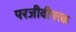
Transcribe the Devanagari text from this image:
परजीवीपरक